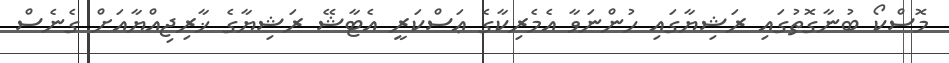
މޮސްކޯ ބުނާގޮތުގައި ރަޝިޔާގައި ހުންނަވާ އެމެރިކާގެ ޢަސްކަރީ އެޓާޝޭ ރަޝިޔާގެ ޚާރިޖިއްޔާއަށް ގެނެސް